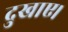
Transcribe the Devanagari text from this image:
दुखाए।